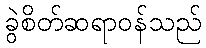
ခွဲစိတ်ဆရာဝန်သည်